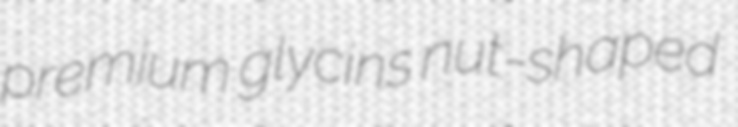
premium glycins nut-shaped